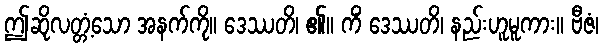
ဤဆိုလတ္တံ့သော အနက်ကို။ ဒေဿတိ၊ ၏။ ကိံ ဒေဿတိ၊ နည်းဟူမူကား။ ဗီဇံ၊